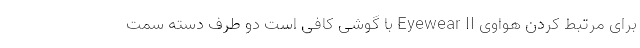
برای مرتبط کردن هواوی Eyewear II با گوشی کافی است دو طرف دسته سمت